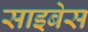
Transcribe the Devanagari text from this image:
साइबेस